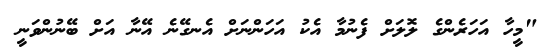
"މީހާ އަހަރެންގެ ލޮލަށް ފެނުމާ އެކު އަހަންނަށް އެނގޭނެ އޭނާ އަށް ބޭނުންވަނީ